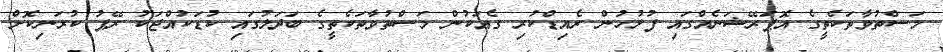
މަސްތުވާތަކެތީގެ އޮޕަރޭޝަނެއްގައި ފުލުހުން ރެއިޑްކުރި ގެއަކުން މަސްތުވާތަކެތީގެ ބަދަލުގައި ކުޑަކުއްޖަކު ރޭޕު ކުރަނިކޮށް